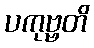
ပကုဗ္ဗတိ